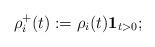
LaTeX: \begin{align*}\rho ^{+}_i(t) := \rho_i (t) \mathbf{1}_{t > 0};\end{align*}